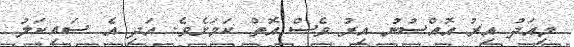
މިއަދު އިރު އޮއްސުނު އިރު ވެސް އޮތް ކަމަށެވެ. އަދި އެ ސައިކަލު